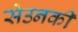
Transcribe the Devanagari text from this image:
सेउनकी